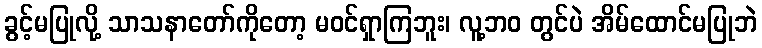
ခွင့်မပြုလို့ သာသနာတော်ကိုတော့ မဝင်ရှာကြဘူး၊ လူ့ဘဝ တွင်ပဲ အိမ်ထောင်မပြုဘဲ